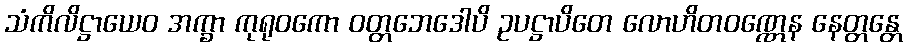
သံကိလိဋ္ဌာယေဝ အက္ခာ ကုရုဝကော ဝတ္တဘေဒေါပိ ဥပဋ္ဌာပိတေ လောဟိတဝဏ္ဏေန နေတ္တန္တေ